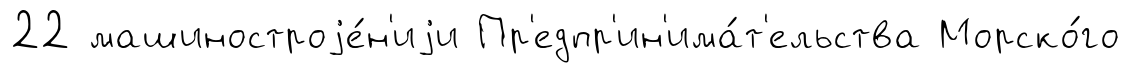
22 машиностроjе́н'иjи Пр'едпр'ин'има́т'ельства Морско́го